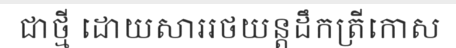
ជាថ្មី ដោយសាររថយន្តដឹកត្រីកោស